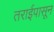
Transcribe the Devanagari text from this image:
तराईपासून